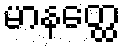
မာနတ္ထေ